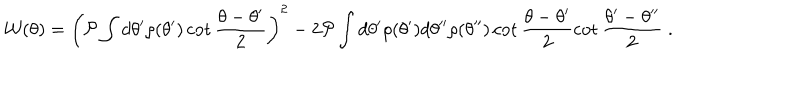
{ \cal W } ( \theta ) = \left( { \cal P } \int d \theta ^ { \prime } \rho ( \theta ^ { \prime } ) \cot \frac { \theta - \theta ^ { \prime } } { 2 } \right) ^ { 2 } - 2 { \cal P } \int d \theta ^ { \prime } \rho ( \theta ^ { \prime } ) d \theta ^ { \prime \prime } \rho ( \theta ^ { \prime \prime } ) \cot \frac { \theta - \theta ^ { \prime } } { 2 } \cot \frac { \theta ^ { \prime } - \theta ^ { \prime \prime } } { 2 } \; .